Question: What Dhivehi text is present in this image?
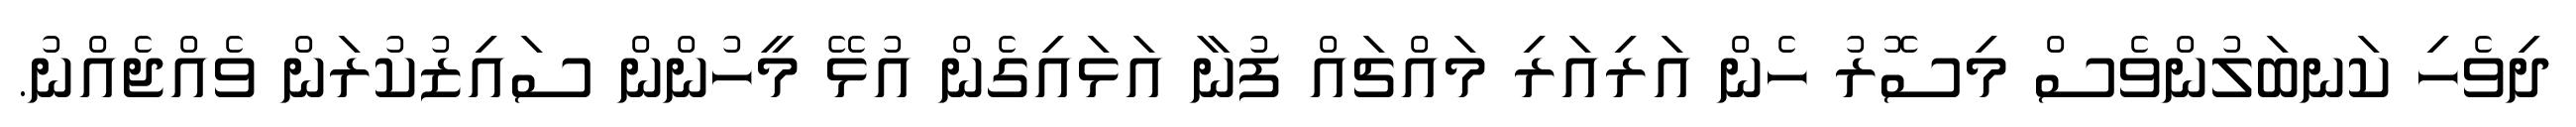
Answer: ދިވެހި ކަނބަލުންވެސް މިސޮރު ހެން އަރިއަރި މައްޗައް ފުނާ އަޅައިގެން އުޅޭ މީހުންން ސައިޒުކުރަން ވެއްޖެއްނު.